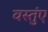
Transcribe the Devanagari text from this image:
वस्तुंए